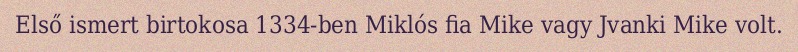
Első ismert birtokosa 1334-ben Miklós fia Mike vagy Jvanki Mike volt.